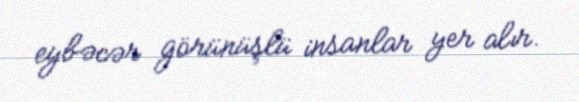
eybəcər görünüşlü insanlar yer alır.